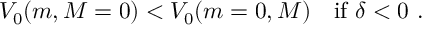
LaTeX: V _ { 0 } ( m , M = 0 ) < V _ { 0 } ( m = 0 , M ) ~ ~ ~ \mathrm { i f } ~ \delta < 0 ~ .